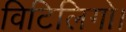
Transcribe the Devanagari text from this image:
विटिलिगो।